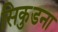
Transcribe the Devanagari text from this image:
सिकुडना